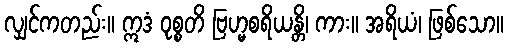
လျှင်ကတည်း။ ဣဒံ ဝုစ္စတိ ဗြဟ္မစရိယန္တိ၊ ကား။ အရိယံ၊ ဖြစ်သော။